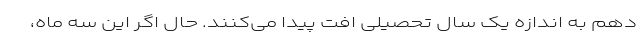
دهم به اندازه یک سال تحصیلی افت پیدا می‌کنند. حال اگر این سه ماه،